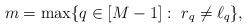
LaTeX: \begin{align*}m=\max\{q \in[M-1]:\ r_q \neq \ell_q \},\end{align*}